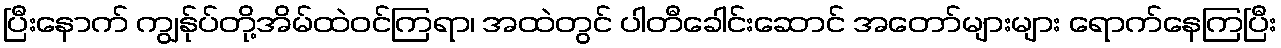
ပြီးနောက် ကျွန်ုပ်တို့အိမ်ထဲဝင်ကြရာ၊ အထဲတွင် ပါတီခေါင်းဆောင် အတော်များများ ရောက်နေကြပြီး